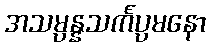
အသမ္ပန္နသင်္ကပ္ပမနော